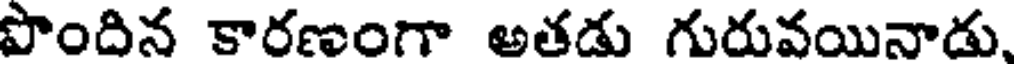
పొందిన కారణంగా అతడు గురువయినాడు,